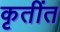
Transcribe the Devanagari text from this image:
कृतींत